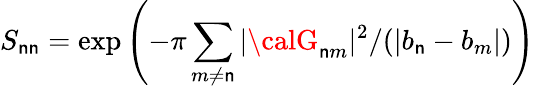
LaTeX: S_{\mathsf{n}\mathsf{n}}=\exp\left(-\pi\sum_{m\neq\mathsf{n}}|{\calG}_{\mathsf{n}m}|^{2}/(|b_{\mathsf{n}}-b_{m}|)\right)